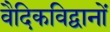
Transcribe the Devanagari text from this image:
वैदिकविद्वानों